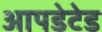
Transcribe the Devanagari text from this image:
आपडेटेड